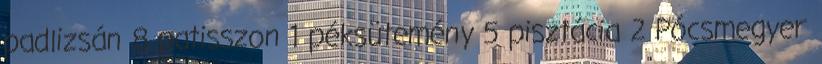
padlizsán 8 patisszon 1 péksütemény 5 pisztácia 2 Pócsmegyer